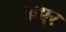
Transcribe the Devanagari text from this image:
फ्रेएर